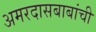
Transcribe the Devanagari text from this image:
अमरदासबाबांची